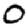
Digit: 0